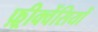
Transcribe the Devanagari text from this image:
फ़्रीक्वेंसियों